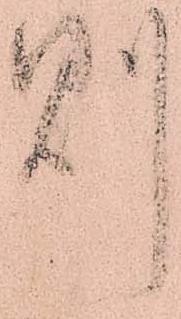
則